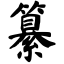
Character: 纂